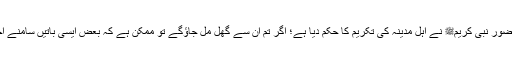
تیسری بات کے متعلق ارشاد فرمایا کہ حضور نبی کریمﷺ نے اہلِ مدینہ کی تکریم کا حکم دیا ہے؛ اگر تم ان سے گھل مل جاؤگے تو ممکن ہے کہ بعض ایسی باتیں سامنے آجائیں جس سے اس تعظیم کو دھچکا لگے۔